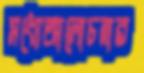
মধ্যেআলোচনার